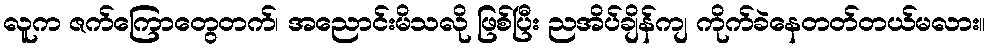
လူက ဇက်ကြောတွေတက်၊ အညောင်းမိသလို ဖြစ်ပြီး ညအိပ်ချိန်ကျ ကိုက်ခဲနေတတ်တယ်မလား။